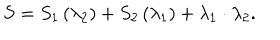
LaTeX: S = S _ { 1 } \left( \lambda _ { 2 } \right) + S _ { 2 } \left( \lambda _ { 1 } \right) + \lambda _ { 1 } \cdot \lambda _ { 2 } .